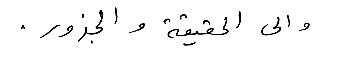
والى الحقيقة والجذور.